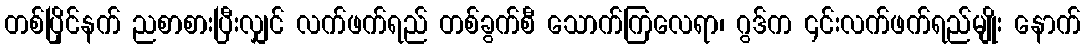
တစ်ပြိုင်နက် ညစာစားပြီးလျှင် လက်ဖက်ရည် တစ်ခွက်စီ သောက်ကြလေရာ၊ ဂွဒ်က ၎င်းလက်ဖက်ရည်မျိုး နောက်